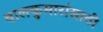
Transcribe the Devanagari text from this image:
बालकुमारांसाठी